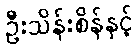
ဦးသိန်းစိန်နှင့်